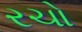
રચો